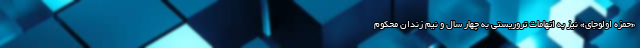
«حمزه اولوجای» نیز به اتهامات تروریستی به چهار سال و نیم زندان محکوم